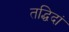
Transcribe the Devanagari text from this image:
तद्धिदां